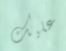
عليك